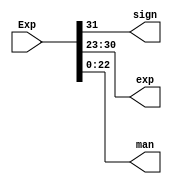
module Split(input [31:0]Exp, output sign, output [7:0]exp, output [22:0]man);
    assign sign = Exp[31];
    assign exp = Exp [30:23];
    assign man = Exp[22:0];
endmodule